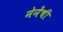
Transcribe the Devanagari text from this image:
नेनेंची